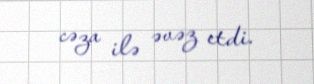
cəza ilə əvəz etdi.